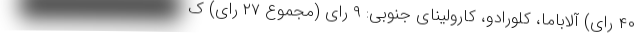
۴۰ رای) آلاباما، کلورادو، کارولینای جنوبی: ۹ رای (مجموع ۲۷ رای) ک